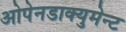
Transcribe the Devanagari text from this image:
ओपेनडाक्युमेन्ट